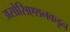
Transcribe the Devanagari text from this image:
असोसिएशनकडून